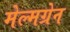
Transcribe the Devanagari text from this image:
मेल्मग्रेन